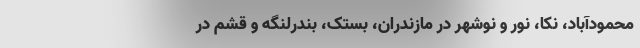
محمودآباد، نکا، نور و نوشهر در مازندران، بستک، بندرلنگه و قشم در